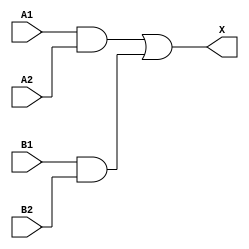
`timescale 1ps/1ps
module cell_a22o
(
    input wire A1,
    input wire A2,
    input wire B1,
    input wire B2,
    output wire X
);
    assign X = ((A1 & A2) | (B1 & B2));
endmodule